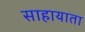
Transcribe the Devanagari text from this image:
साहायाता